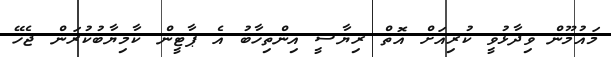
މައުމޫން ވިދާޅުވީ ކުރިއަށް އޮތް ރިޔާސީ އިންތިހާބު އެ ޕާޓީން ކާމިޔާބުކުރަން ޖެހޭ